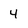
Character: 4